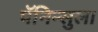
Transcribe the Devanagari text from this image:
पॅनिन्सुला